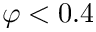
\varphi < 0 . 4